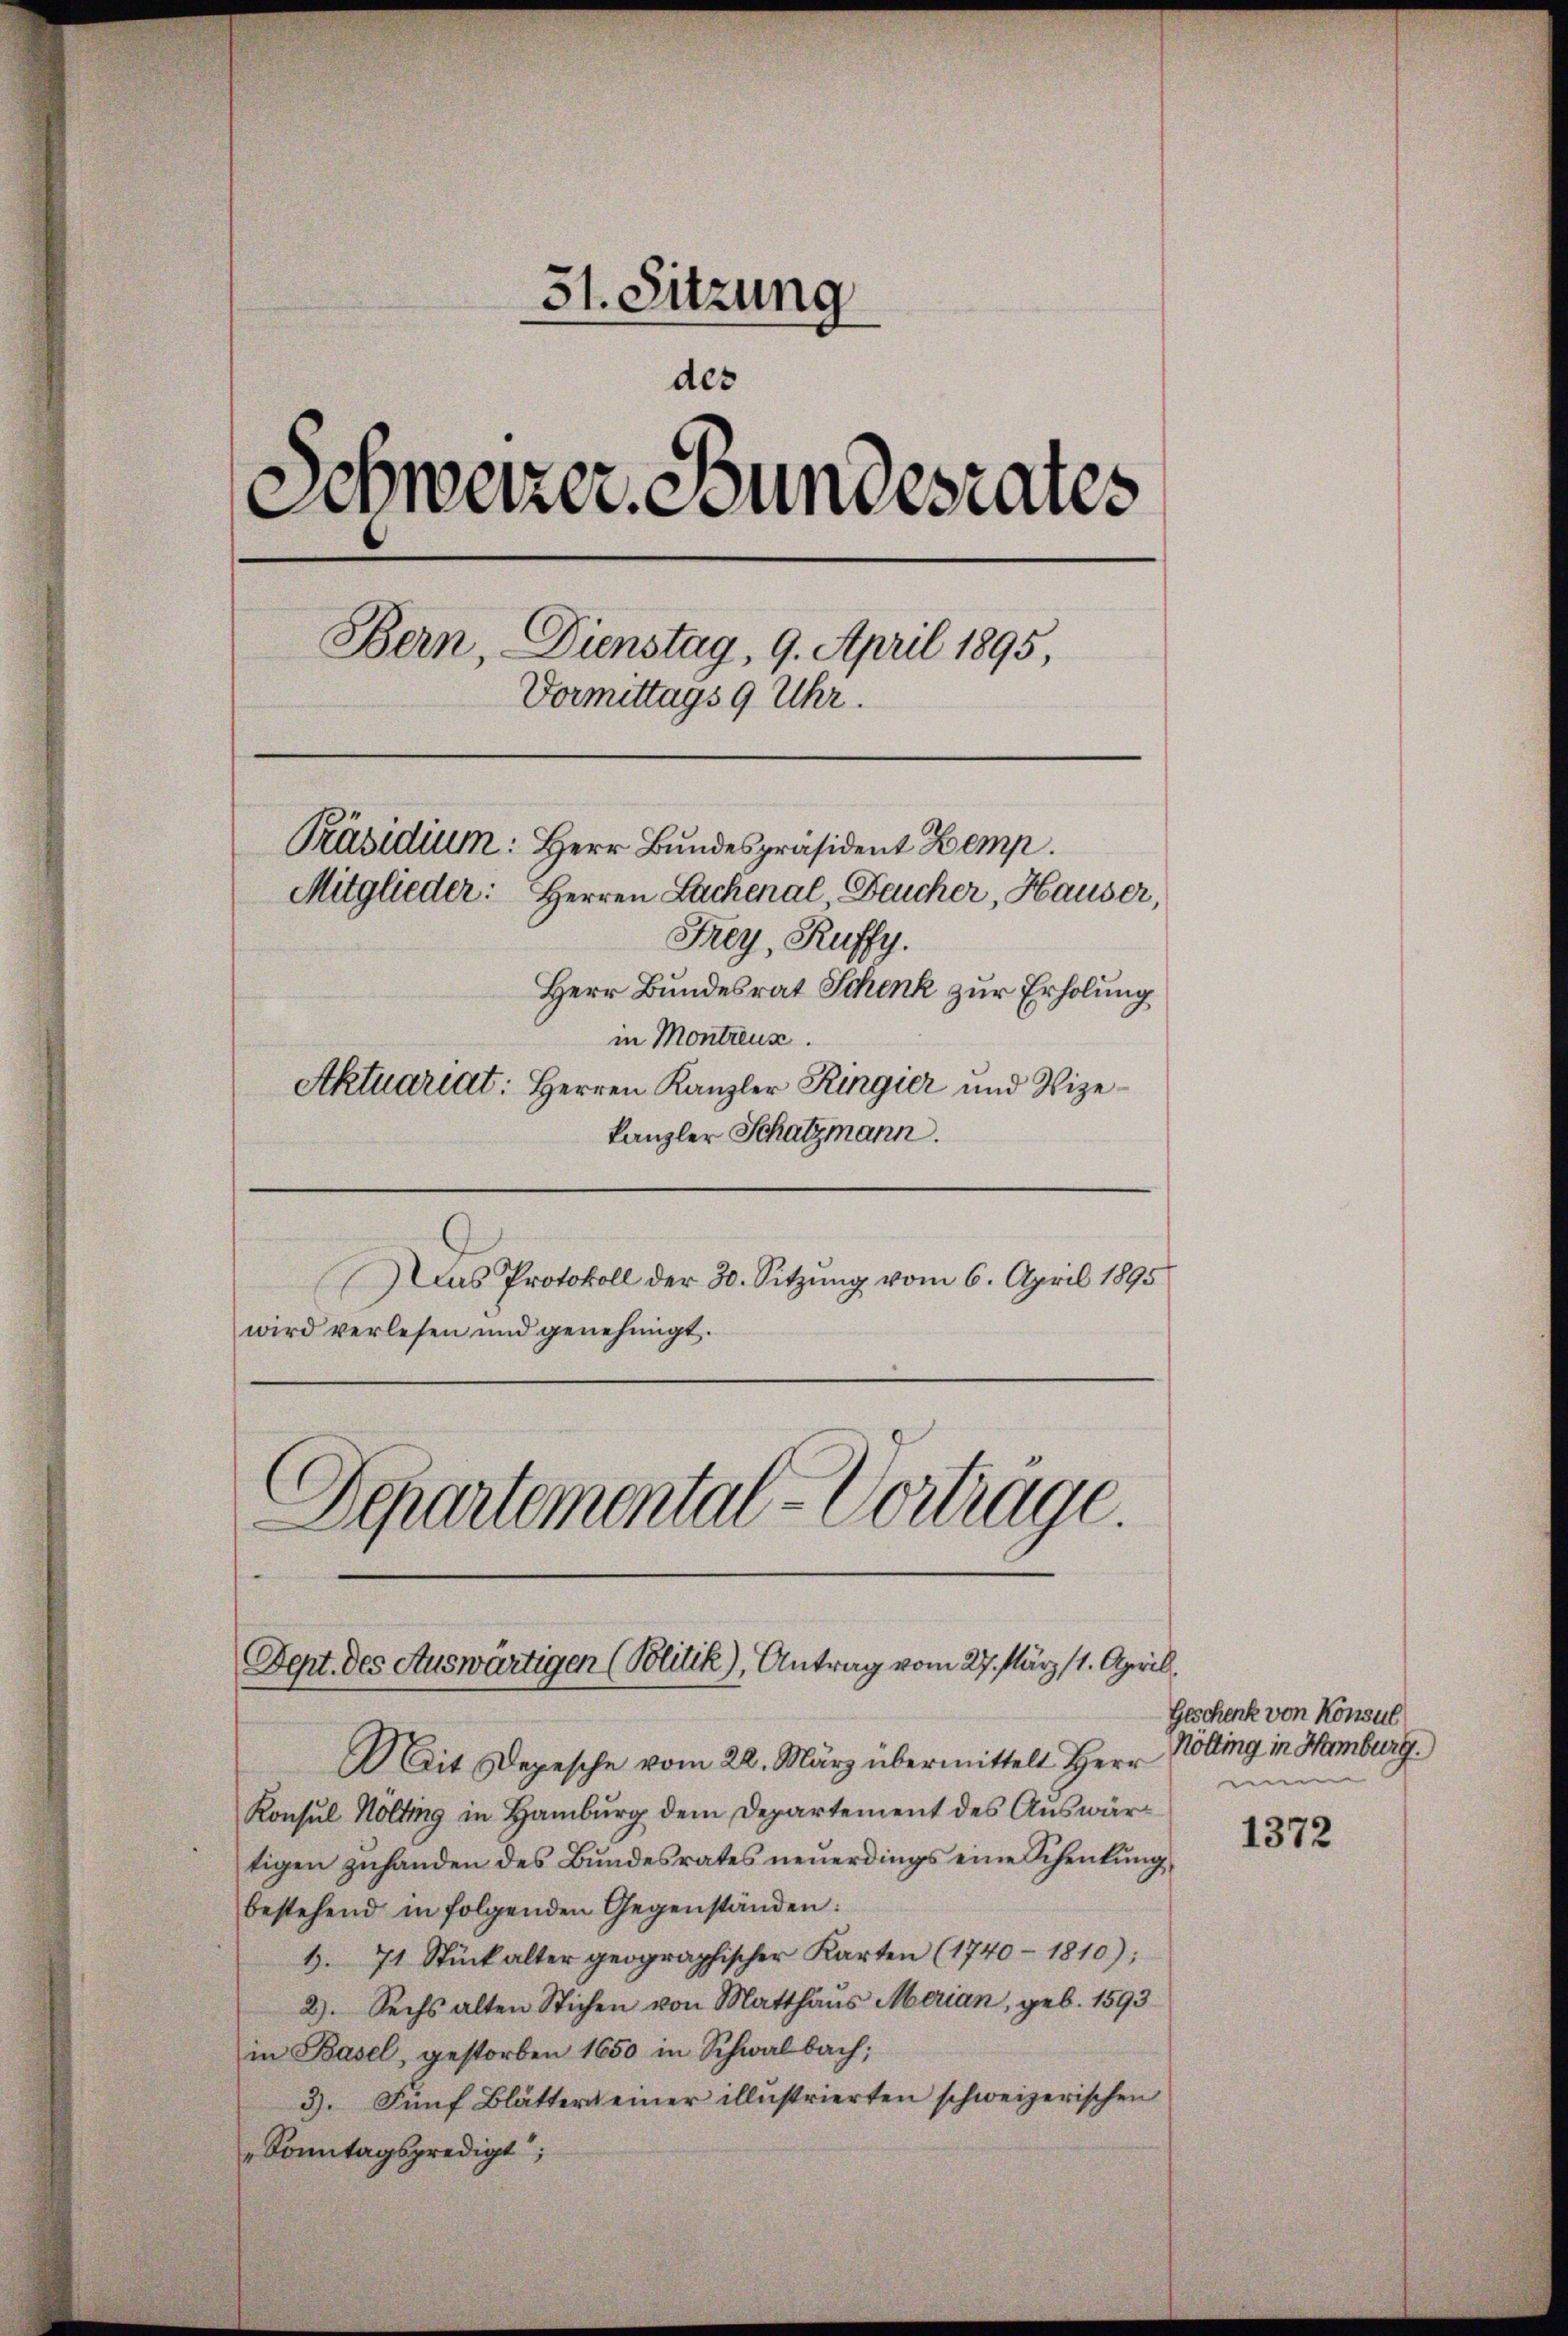
51. Sitzung
des
Schweizer Bundesrates
Bern, Dienstag, 9. April 1895,
Vormittags 9 Uhr.
Präsidium: Herr Bundespräsident Zemp.
Mitglieder: Herren Lachenal Feucher, Hauser,
Frey, Ruffy.
Herr Bundesrat Schenk zur Erholung
in Montreus
Aktuariat: Herren Kanzler Ringier und Vize¬

kanzler Schatzmann.
Das Protokoll der 30. Sitzung vom 6. April 1895
wird verlesen und genehmigt.
Departemental-Vortrage.

Dept. des Auswärtigen (Politik), Antrag vom 27. März 11. April.

Mit Depesche vom 22. März übermittelt Herr Kölling in Hamburg.
Konsul Hölting in Hamburg dem Departement des Auswärtigen zŭhanden des Bŭndesrates neŭerdings eine Schenkung,
bestehend in folgenden Gegenständen:
1. 71 Stück alter geographischer Karten (1740 - 1810);
2). Sechs alten Stichen von Matthaus Merian, geb. 1593
in Basel, gestorben 1650 in Schwalbach;
3. Fünf Blättert einer illustrierten schweizerischen
"Sonntagspredigt;

Geschenk von Konsul
nein

1372